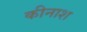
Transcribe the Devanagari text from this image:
कीनाश